Malarial fevers
Disease focus: Malaria
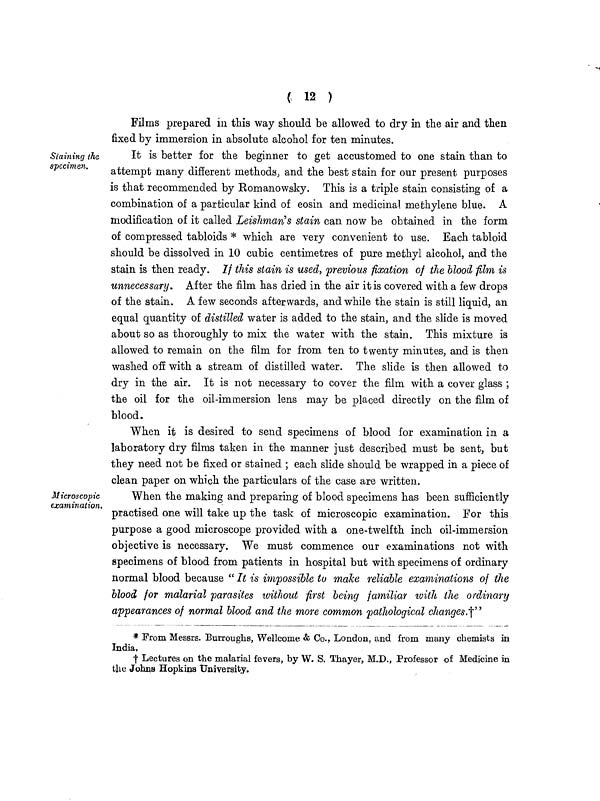
( 12 )
Films prepared in this way should be allowed to dry in the air and then
fixed by immersion in absolute alcohol for ten minutes.
Staining the
specimen.
It is better for the beginner to get accustomed to one stain than to
attempt many different methods+, and the best stain for our present purposes
is that recommended by Romanowsky. This is a triple stain consisting of a
combination of a particular kind of eosin and medicinal methylene blue. A
modification of it called Leishman's stain can now be obtained in the form
of compressed tabloids * which are very convenient to use. Each tabloid
should be dissolved in 10 cubic centimetres of pure methyl alcohol, and the
stain is then ready. If this stain is used, previous fixation of the blood film is
unnecessary. After the film has dried in the air it is covered with a few drops
of the stain. A few seconds afterwards, and while the stain is still liquid, an
equal quantity of distilled water is added to the stain, and the slide is moved
about so as thoroughly to mix the water with the stain. This mixture is
allowed to remain on the film for from ten to twenty minutes, and is then
washed off with a stream of distilled water. The slide is then allowed to
dry in the air. It is not necessary to cover the film with a cover glass ;
the oil for the oil-immersion lens may be placed directly on the film of
blood.
When it is desired to send specimens of blood for examination in a
laboratory dry films taken in the manner just described must be sent, but
they need not be fixed or stained ; each slide should be wrapped in a piece of
clean paper on which the particulars of the case are written.
Microscopic
examination.
When the making and preparing of blood specimens has been sufficiently
practised one will take up the task of microscopic examination. For this
purpose a good microscope provided with a one-twelfth inch oil-immersion
objective is necessary. We must commence our examinations not with
specimens of blood from patients in hospital but with specimens of ordinary
normal blood because " It is impossible to make reliable examinations of the
blood for malarial parasites without first being familiar with the ordinary
appearances of normal blood and the more common pathological changes.†"
* From Messrs. Burroughs, Wellcome & Co., London, and from many chemists in
India,
† Lectures on the malarial fevers, by W. S. Thayer, M.D., Professor of Medicine in
the Johns Hopkins University.